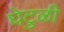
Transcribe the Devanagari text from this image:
घेटुळी